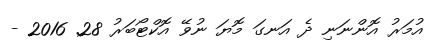
އުމަރު އޮންނަނި ދެ އަނގަ މޮޔަ ނުވޭ އޮކްޓޯބަރު 28